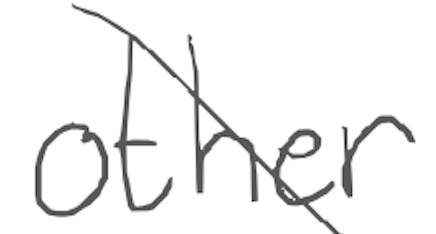
Text: other
Cross-out: diagonal
Writing tool: digital_gray